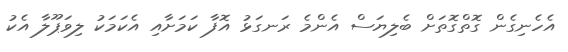
އެހެނިގެން ގޮތްގޮތަށް ބެލިޔަސް އެންމެ ރަނގަޅު އޮފާ ކަމަށާއި އެކަމަކު ލިވަޕޫލާ އެކު